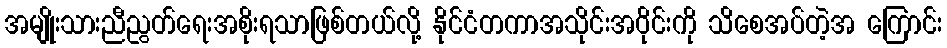
အမျိုးသားညီညွတ်ရေးအစိုးရသာဖြစ်တယ်လို့ နိုင်ငံတကာအသိုင်းအဝိုင်းကို သိစေအပ်တဲ့အ ကြောင်း